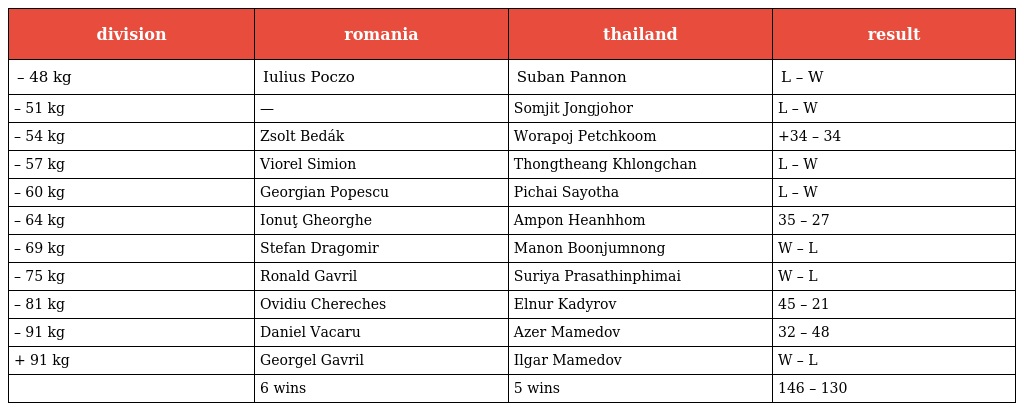
| division | romania | thailand | result |
 | --- | --- | --- | --- |
 | – 48 kg | Iulius Poczo | Suban Pannon | L – W |
 | – 51 kg | — | Somjit Jongjohor | L – W |
 | – 54 kg | Zsolt Bedák | Worapoj Petchkoom | +34 – 34 |
 | – 57 kg | Viorel Simion | Thongtheang Khlongchan | L – W |
 | – 60 kg | Georgian Popescu | Pichai Sayotha | L – W |
 | – 64 kg | Ionuţ Gheorghe | Ampon Heanhhom | 35 – 27 |
 | – 69 kg | Stefan Dragomir | Manon Boonjumnong | W – L |
 | – 75 kg | Ronald Gavril | Suriya Prasathinphimai | W – L |
 | – 81 kg | Ovidiu Chereches | Elnur Kadyrov | 45 – 21 |
 | – 91 kg | Daniel Vacaru | Azer Mamedov | 32 – 48 |
 | + 91 kg | Georgel Gavril | Ilgar Mamedov | W – L |
 |  | 6 wins | 5 wins | 146 – 130 |